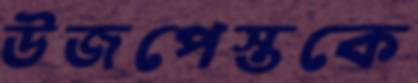
উজপেস্তকে